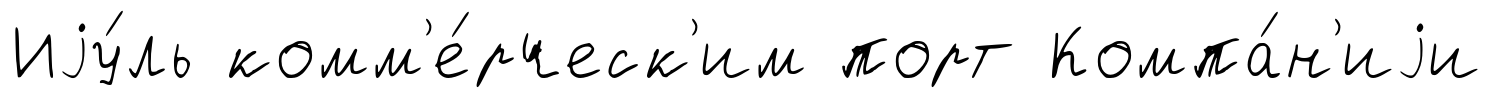
Иjу́ль комм'е́рческ'им порт Компа́н'иjи